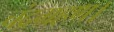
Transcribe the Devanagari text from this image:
चंद्रग्रहण।